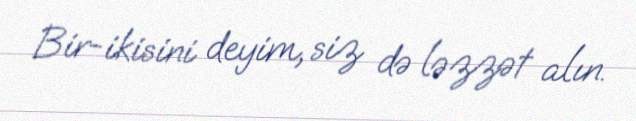
Bir-ikisini deyim, siz də ləzzət alın.